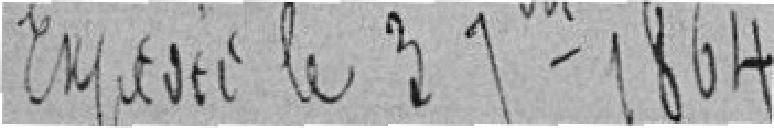
Expédié le 3 septembre 1864